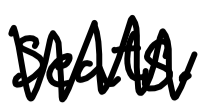
Text: seats.
Cross-out: mix
Writing tool: digital_black